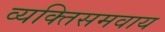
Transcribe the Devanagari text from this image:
व्यक्तिसमवाय